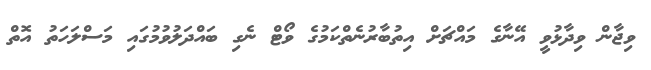
ވިޖާން ވިދާޅުވީ އޭނާގެ މައްޗަށް އިތުބާރުނެތްކަމުގެ ވޯޓް ނެގި ބައްދަލުވުމުގައި މަސްލަހަތު އޮތް